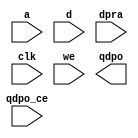
module dist_mem_65x1024(
  a,
  d,
  dpra,
  clk,
  we,
  qdpo_ce,
  qdpo
);

input [9 : 0] a;
input [64 : 0] d;
input [9 : 0] dpra;
input clk;
input we;
input qdpo_ce;
output [64 : 0] qdpo;

// synthesis translate_off

  DIST_MEM_GEN_V7_2 #(
    .C_ADDR_WIDTH(10),
    .C_DEFAULT_DATA("0"),
    .C_DEPTH(1024),
    .C_FAMILY("spartan6"),
    .C_HAS_CLK(1),
    .C_HAS_D(1),
    .C_HAS_DPO(0),
    .C_HAS_DPRA(1),
    .C_HAS_I_CE(0),
    .C_HAS_QDPO(1),
    .C_HAS_QDPO_CE(1),
    .C_HAS_QDPO_CLK(0),
    .C_HAS_QDPO_RST(0),
    .C_HAS_QDPO_SRST(0),
    .C_HAS_QSPO(0),
    .C_HAS_QSPO_CE(0),
    .C_HAS_QSPO_RST(0),
    .C_HAS_QSPO_SRST(0),
    .C_HAS_SPO(0),
    .C_HAS_SPRA(0),
    .C_HAS_WE(1),
    .C_MEM_INIT_FILE("no_coe_file_loaded"),
    .C_MEM_TYPE(4),
    .C_PARSER_TYPE(1),
    .C_PIPELINE_STAGES(0),
    .C_QCE_JOINED(0),
    .C_QUALIFY_WE(0),
    .C_READ_MIF(0),
    .C_REG_A_D_INPUTS(0),
    .C_REG_DPRA_INPUT(0),
    .C_SYNC_ENABLE(1),
    .C_WIDTH(65)
  )
  inst (
    .A(a),
    .D(d),
    .DPRA(dpra),
    .CLK(clk),
    .WE(we),
    .QDPO_CE(qdpo_ce),
    .QDPO(qdpo),
    .SPRA(),
    .I_CE(),
    .QSPO_CE(),
    .QDPO_CLK(),
    .QSPO_RST(),
    .QDPO_RST(),
    .QSPO_SRST(),
    .QDPO_SRST(),
    .SPO(),
    .DPO(),
    .QSPO()
  );

// synthesis translate_on

endmodule